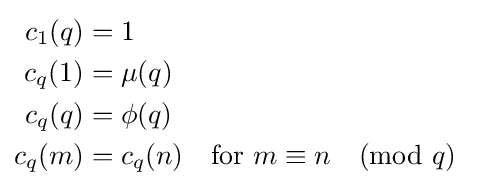
{\begin{aligned}c_{1}(q)&=1\\c_{q}(1)&=\mu (q)\\c_{q}(q)&=\phi (q)\\c_{q}(m)&=c_{q}(n)&&{\text{for }}m\equiv n{\pmod {q}}\\\end{aligned}}